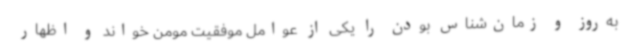
به‌روز و زمان‌شناس بودن را یکی از عوامل موفقیت مومن خواند و اظهار